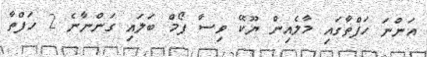
އަންނަ ހަފްތާގައި މާލެއިން ޔޫކޭ ވިސާ ފޯމް ބަލައި ގަންނާނެ 2 ހަފްތާ